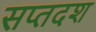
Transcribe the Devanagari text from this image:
सप्तदश